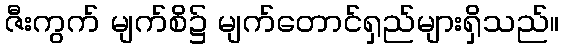
ဇီးကွက် မျက်စိ၌ မျက်တောင်ရှည်များရှိသည်။